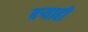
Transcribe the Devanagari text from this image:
बर्‍याही